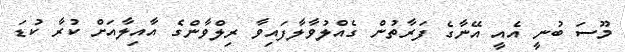
މޫސަ ބުނީ އެއީ އޭނާގެ ފަރާތުން ގެއްލުވާލާފައިވާ ރިލްވާންގެ އާއިލާއަށް ކުރާ ކުޑަ